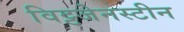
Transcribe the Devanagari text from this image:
विट्टजेनस्टीन